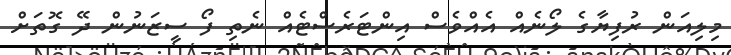
މިލިއަން ރުފިޔާގެ ލޯނެއް އެއްވެސް އިންޓަރެސްޓެއް ނެތި ފޯ ސީޒަނުން ދޭ ގޮތަށް